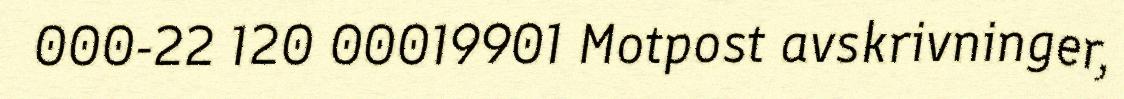
000-22 120 00019901 Motpost avskrivninger,